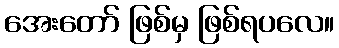
အေးတော် ဖြစ်မှ ဖြစ်ရပလေ။